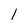
Character: l